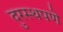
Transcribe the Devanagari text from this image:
दुरस्थपणे